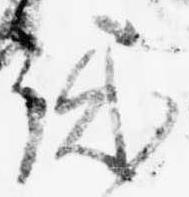
誠